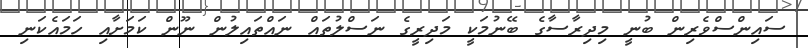
ސައިންސްވެރިން ބުނީ މިދިރާސާގެ ބޭނުމަކީ މަދިރީގެ ނަސްލުތައް ނައްތައިލުން ނޫން ކަމަށާއި ހަމައެކަނި